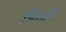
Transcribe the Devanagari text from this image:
फ़िक्री